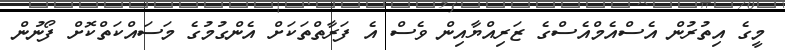
މީގެ އިތުރުން އެސްއެމްއެސްގެ ޒަރިއްޔާއިން ވެސް އެ ފަރާތްތަކަށް އެންގުމުގެ މަސައްކަތްކޮށް ފޯނުން